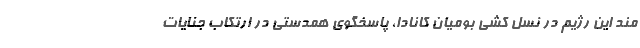
مند این رژیم در نسل کشی بومیان کانادا، پاسخگوی همدستی در ارتکاب جنایات